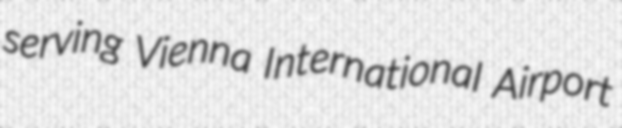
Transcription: serving Vienna International Airport